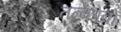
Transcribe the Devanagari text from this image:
तन्कोबों